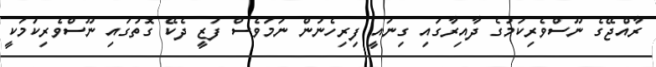
ރާއްޖޭގެ ނޫސްވެރިކަމުގެ ދާއިރާގައި ގިނައީ ފިރިހެނުން ނަމަވެސް ފަޒީ ދެކޭ ގޮތުގައި ނޫސްވެރިކަމަކީ